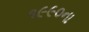
૧૯૯૦ના